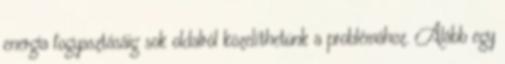
energia fogyasztásáig sok oldalról közelíthetünk a problémához. Alább egy